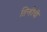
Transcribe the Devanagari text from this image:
तिन्हीची